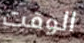
الوقت